Report on the bubonic plague in Bombay, 1896-1897
Year: 1896
Disease focus: Plague
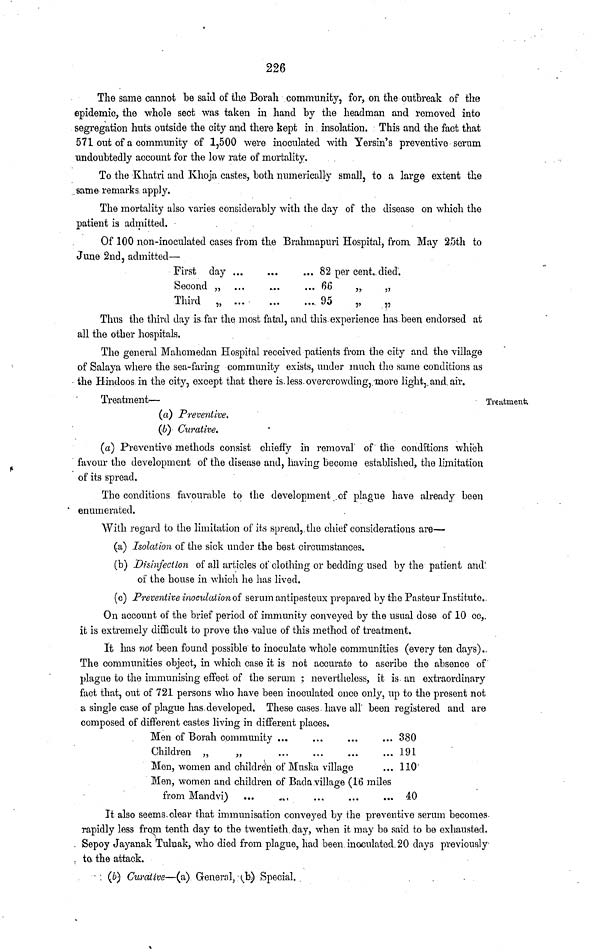
226
The same cannot be said of the Borah community, for, on the outbreak of the
epidemic, the whole sect was taken in hand by the headman and removed into
segregation huts outside the city and there kept in insolation. This and the fact that
571 out of a community of 1,500 were inoculated with Yersin's preventive serum
undoubtedly account for the low rate of mortality.
To the Khatri and Khoja castes, both numerically small, to a large extent the
same remarks apply.
The mortality also varies considerably with the day of the disease on which the
patient is admitted.
Of 100 non-inoculated cases from the Brahmapuri Hospital, from May 25th to
June 2nd, admitted—
First day ...
...
... 82 per cent. died.
Second „ ...
...
... 66
„
„
Third „
...
...
...
95
„
,,
Thus the third day is far the most fatal, and this experience has been endorsed at
all the other hospitals.
The general Mahomedan Hospital received patients from the city and the village
of Salaya where the sea-faring community exists, under much the same conditions as
the Hindoos in the city, except that there is less overcrowding, more light, and air.
Treatment.
Treatment—
(a) Preventive.
(b) Curative.
(a) Preventive methods consist chiefly in removal" of the conditions which
favour the development of the disease and, having become established, the limitation
of its spread.
The conditions favourable to the development of plague have already been
enumerated.
With regard to the limitation of its spread, the chief considerations are—
(a) Isolation of the sick under the best circumstances.
(b) Disinfection of all articles of clothing or bedding used by the patient and
of the house in which he has lived.
(c) Preventive inoculation of serum antipesteux prepared by the Pasteur Institute.
On account of the brief period of immunity conveyed by the usual dose of 10 cc,,
it is extremely difficult to prove the value of this method of treatment.
It has not been found possible to inoculate whole communities (every ten days).
The communities object, in which case it is not accurate to ascribe the absence of
plague to the immunising effect of the serum ; nevertheless, it is an extraordinary
fact that, out of 721 persons who have been inoculated once only, up to the present not
a single case of plague has developed. These cases have all been registered and are
composed of different castes living in different places.
Men of Borah community ... ... ... ...
Children „
„ ... ... ... ...
Men, women and children of Muska village ...
Men, women and children of Bada village (16 miles
from Mandvi) ... ... ... ... ...
380
191
110
40
It also seems clear that immunisation conveyed by the preventive serum becomes
rapidly less from tenth day to the twentieth day, when it may be said to be exhausted.
Sepoy Jayanak Tulnak, who died from plague, had been inoculated 20 days previously
to the attack.
(b) Curative—(a) General, (b) Special.